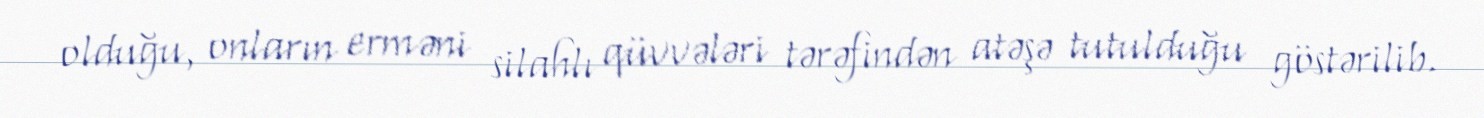
olduğu, onların erməni silahlı qüvvələri tərəfindən atəşə tutulduğu göstərilib.